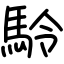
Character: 駖